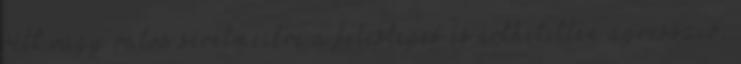
vélt vagy valós sérelmeikre a felesleges és érthetetlen agresszió,